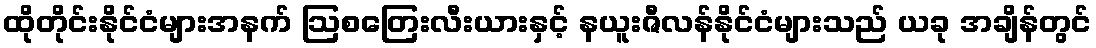
ထိုတိုင်းနိုင်ငံများအနက် ဩစတြေးလီးယားနှင့် နယူးဇီလန်နိုင်ငံများသည် ယခု အချိန်တွင်